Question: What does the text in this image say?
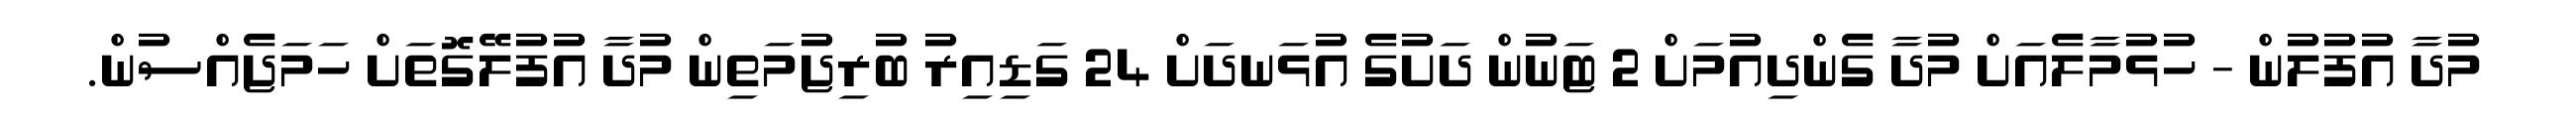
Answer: މުދާ އުފުލުން - ހުޅުމާލެއަށް މުދާ ގެންދިއުމަށް 2 ޓަނުން ދަށުގެ އުޅަނދަށް 24 ގަޑިއިރު ބުރިޖުމަތިން މުދާ އުފުލޭގޮތަށް ހަމަޖެއްސުން.